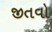
જીતવો